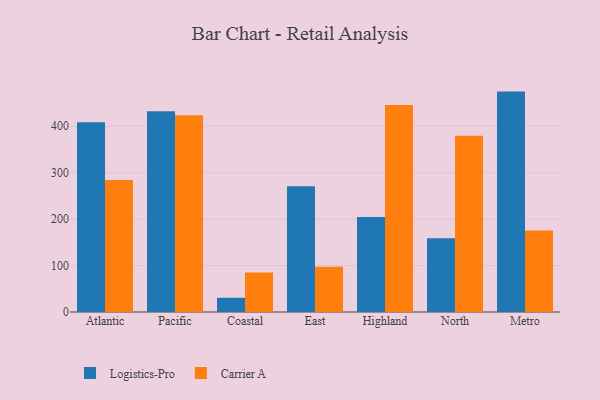
{"axis": {"x": "Region", "y": "Population (Million)"}, "legend": ["Carrier A", "Logistics-Pro"], "data": [{"x": "Atlantic", "y": 408.7, "type": "Logistics-Pro"}, {"x": "Atlantic", "y": 284.2, "type": "Carrier A"}, {"x": "Pacific", "y": 432.4, "type": "Logistics-Pro"}, {"x": "Pacific", "y": 423.7, "type": "Carrier A"}, {"x": "Coastal", "y": 30.6, "type": "Logistics-Pro"}, {"x": "Coastal", "y": 85.0, "type": "Carrier A"}, {"x": "East", "y": 271.1, "type": "Logistics-Pro"}, {"x": "East", "y": 97.7, "type": "Carrier A"}, {"x": "Highland", "y": 204.5, "type": "Logistics-Pro"}, {"x": "Highland", "y": 446.0, "type": "Carrier A"}, {"x": "North", "y": 158.7, "type": "Logistics-Pro"}, {"x": "North", "y": 379.5, "type": "Carrier A"}, {"x": "Metro", "y": 474.7, "type": "Logistics-Pro"}, {"x": "Metro", "y": 175.6, "type": "Carrier A"}]}